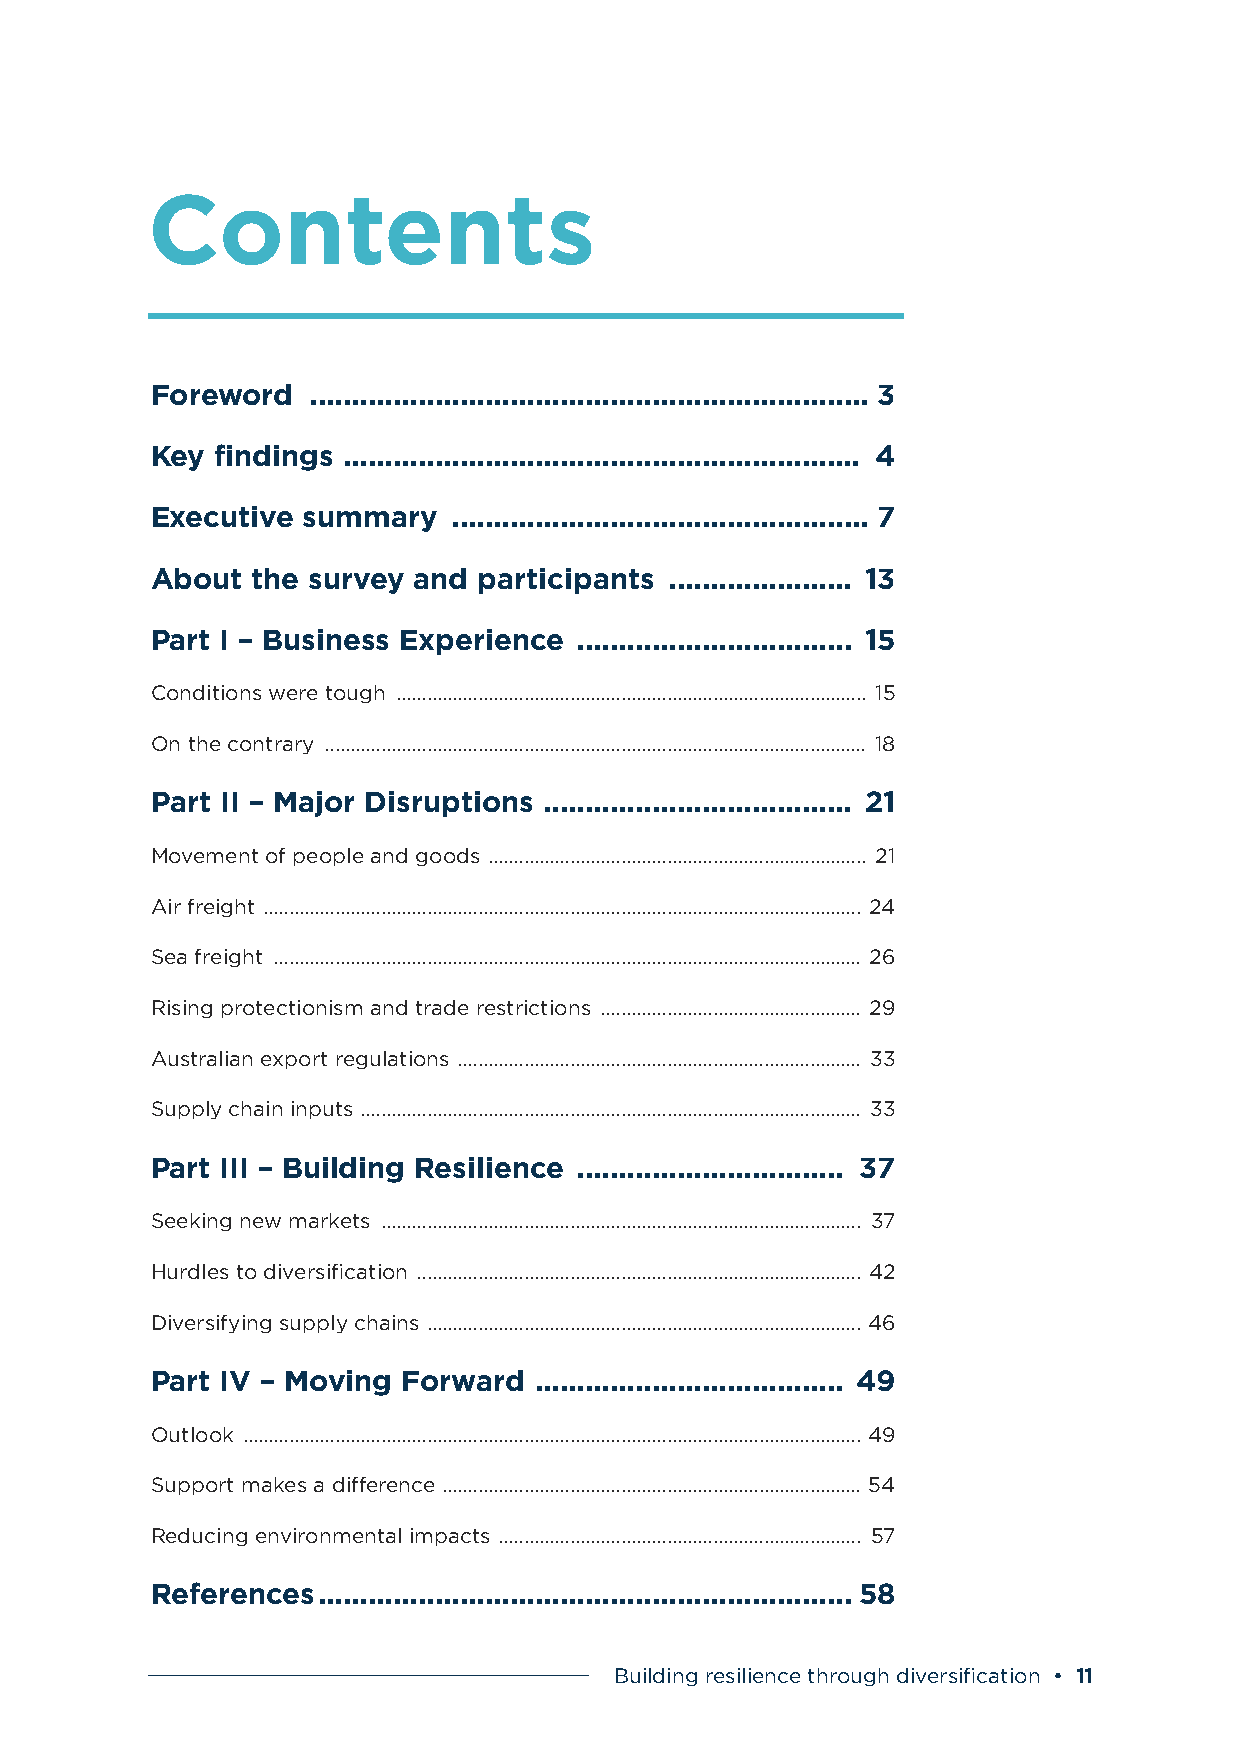
Contents
 Foreword  ................................................................... 3
 Key findings .............................................................. 4
 Executive summary   .................................................. 7
 About  the survey and participants ...................... 13
 Part I – Business Experience ................................. 15
 Conditions were tough ............................................................................................ 15
 On the contrary .......................................................................................................... 18
 Part II – Major Disruptions ..................................... 21
 Movement of people and goods .......................................................................... 21
 Air freight ..................................................................................................................... 24
 Sea freight ................................................................................................................... 26
 Rising protectionism and trade restrictions ................................................... 29
 Australian export regulations ............................................................................... 33
 Supply chain inputs .................................................................................................. 33
 Part III – Building Resilience ................................ 37
 Seeking new markets .............................................................................................. 37
 Hurdles to diversification ....................................................................................... 42
 Diversifying supply chains ..................................................................................... 46
 Part IV – Moving Forward ..................................... 49
 Outlook ......................................................................................................................... 49
 Support makes a difference .................................................................................. 54
 Reducing environmental impacts ....................................................................... 57
 References ................................................................ 58
 Building resilience through diversification • 11